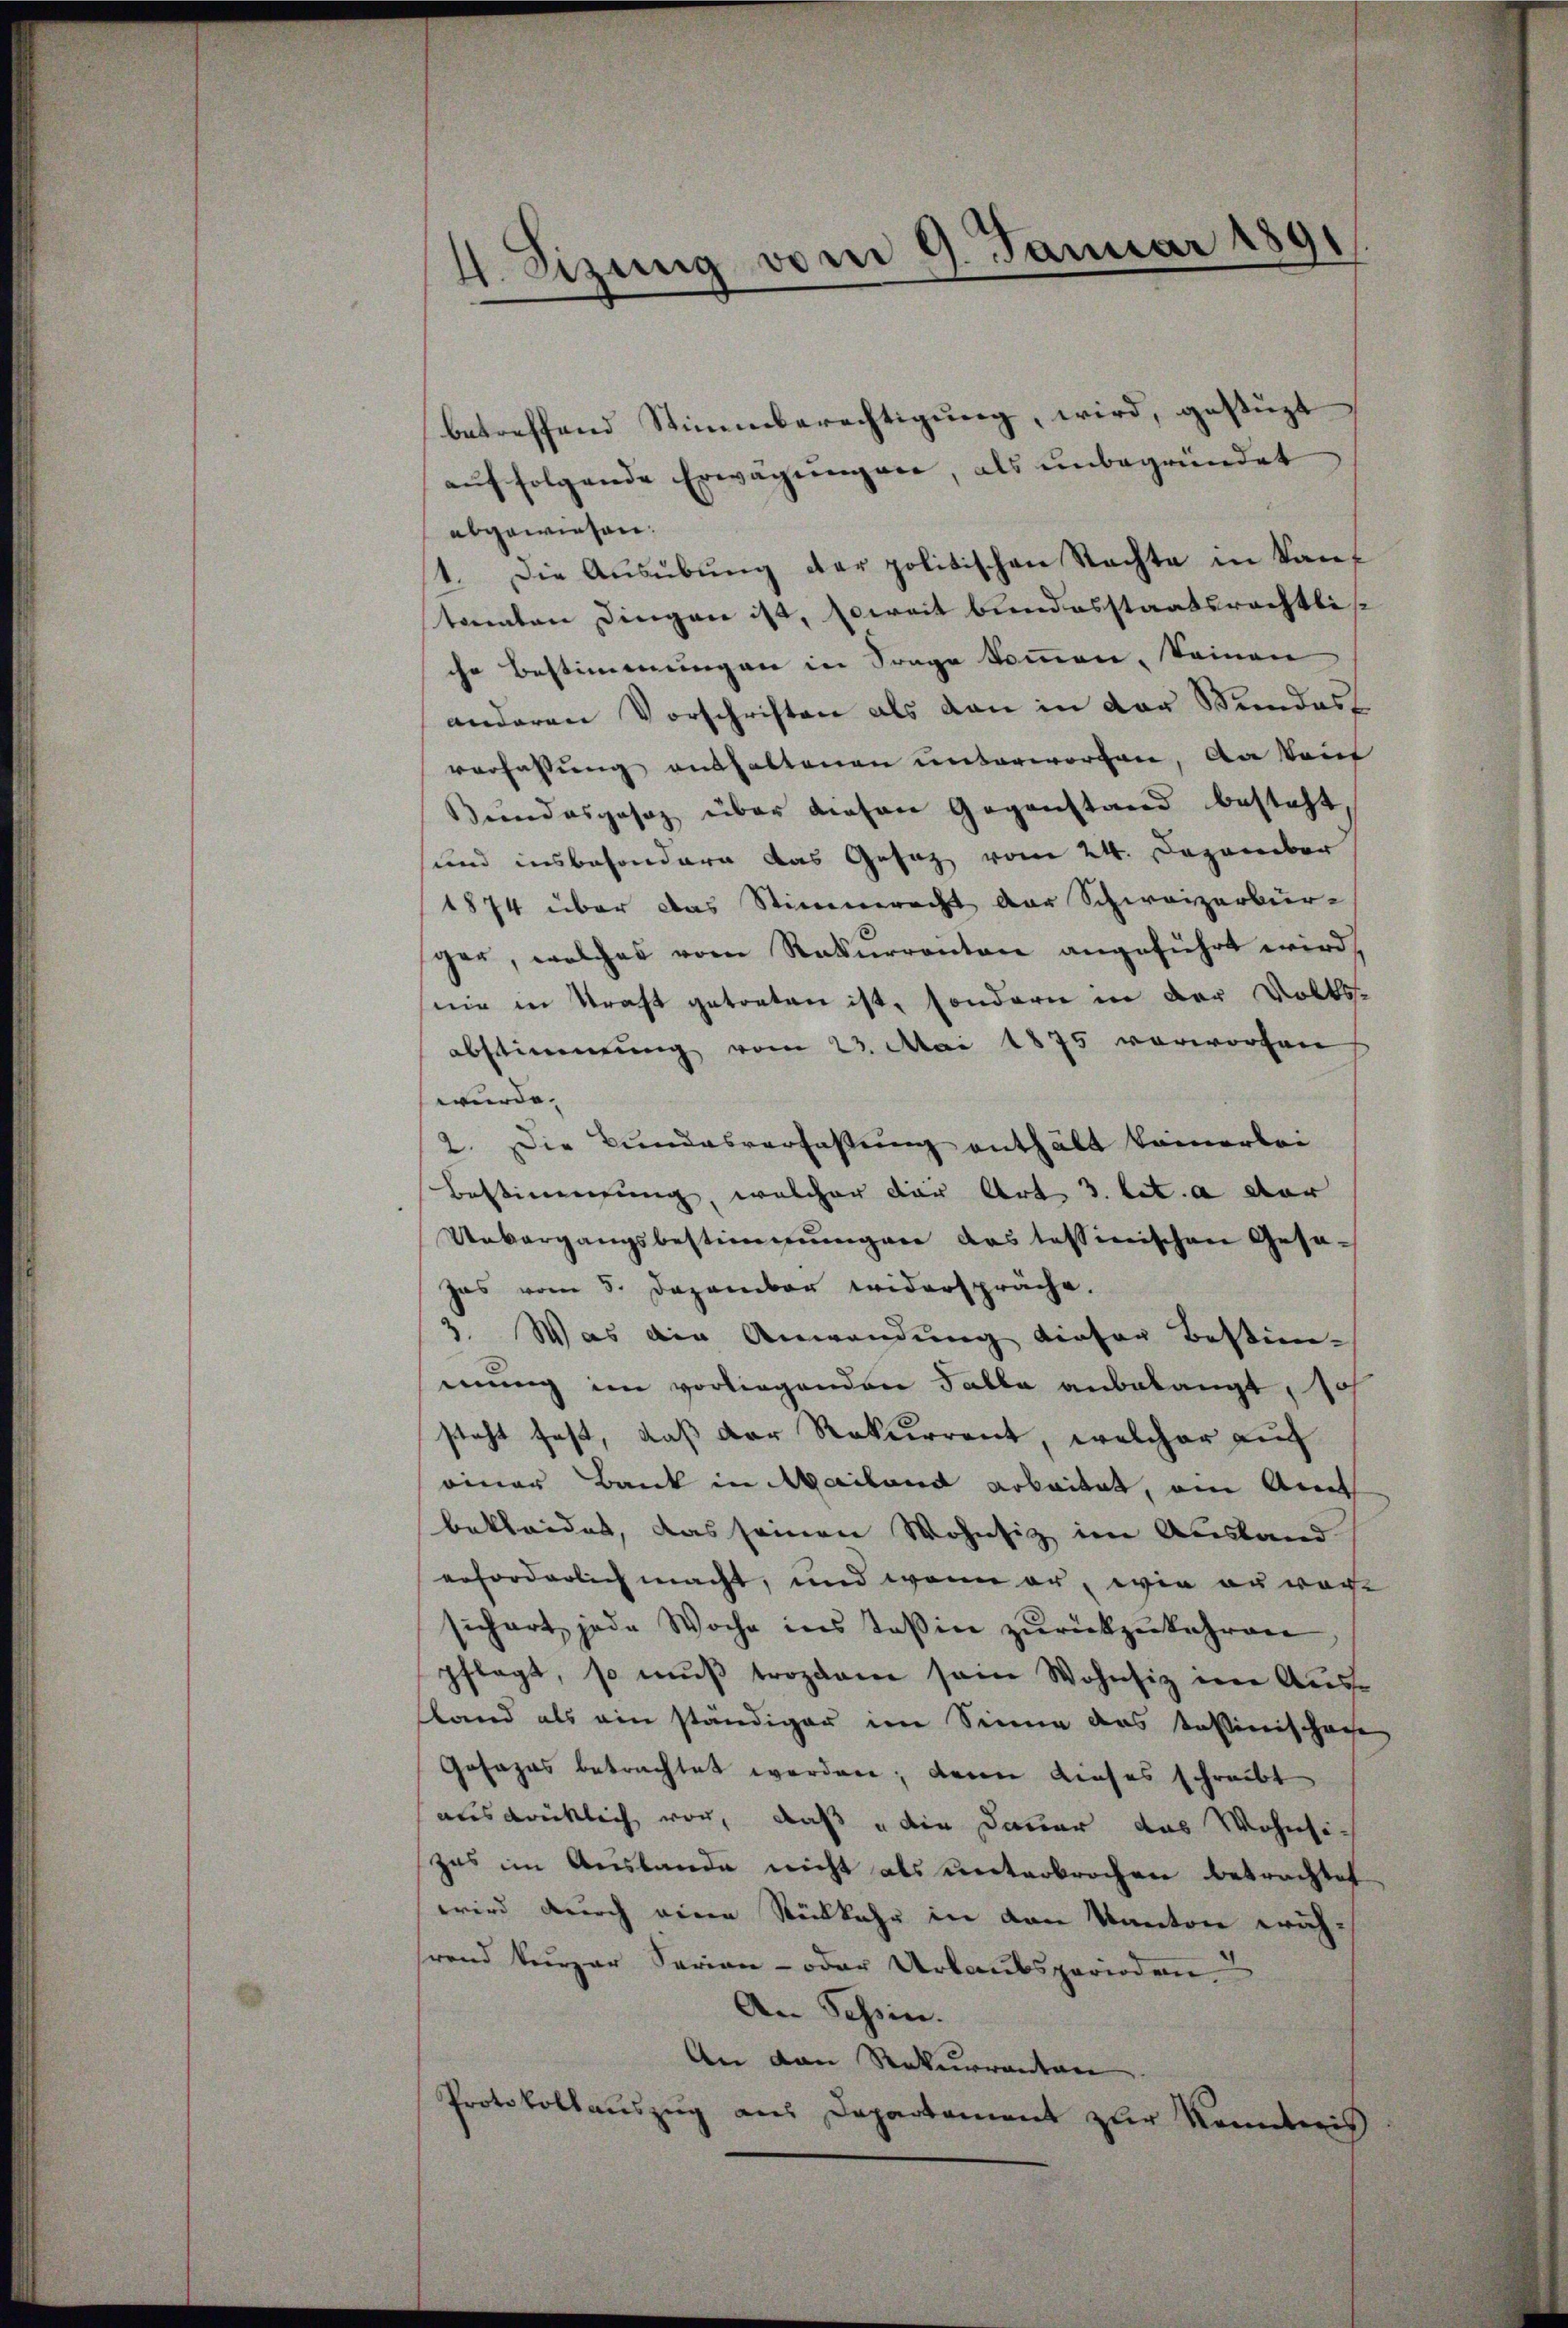
4. Sizung vom 9. Januar 1891

betreffend Stimmberechtigung, wird, gestüzt
auf folgende Erwägungene, als unbegründet
abgewiesen.
1. Die Aŭsübŭng der politischen Rechte in Kaŭf
tanaten Dingen ist, soweit bundesstaatsrechtliche Bestimmungen in Frage kommen, keinen
anderen Vorschriften als von in der Stundes
verfassung aushaltenen unterworten, da kein
Bundesgesez über diesen Gegenstand besteht,
und insbesondern das Gesaz vom 24. Dezember
1874 über das Stimmrecht der Schweizerbürger, welches vom Rekurrenten angeführt wird,
nie in Kraft getreten ist, sondern in der Volks-
abstimmung vom 23. Mai 1875 vorworfen
wurde.
2. Die Bundesverfassŭng enthält kämerlei
Bestimmung, welcher der Art 3. lit. a dar
Unbergangsbestimmungen das tessinischen Gesa¬
Jas vom 5. Dezember widerspräche.
2. Was die Anwendung dieser Bestimmung im vorliegenden Falle anbelangt, so
steht fest, daß der Rekurrent, welcher auf
einer Bank in Mailand arbeitet, ein Amt
bekleidet, das seinen Wohnsiz im Ausland
erforderlich macht, und wenn er, wie anwache
sichert, jede Woche ins Teßin zŭrückzukehren
pflegt, so muß trozdame sein Wohnsiz im Ausland als ein ständiger im Sinne das Tessinischechen
Gosazas betrachtet werden; deren Lieses schreibt
ausdrücklich vor, daß die Dauer das Wohnsich
zes im Auslande nicht als unterbrochen betrachtet
wird durch eine Rückkehr in den Kanton wich-
hrend kurzer Serien- oder Urlaubsperioden
An Tessin.
An den Rekurrentar
Protokollauszug aus Departement zur Kenntnis